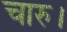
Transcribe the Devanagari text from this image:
चारु।